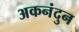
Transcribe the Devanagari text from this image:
अकनंदुन